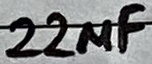
Text: 22µF